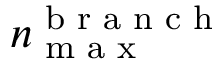
n _ { \textrm { m a x } } ^ { \textrm { b r a n c h } }